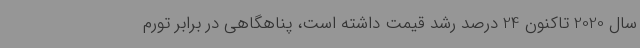
سال 2020 تاکنون 24 درصد رشد قیمت داشته است، پناهگاهی در برابر تورم